Epidemic dropsy in Calcutta - Number 45
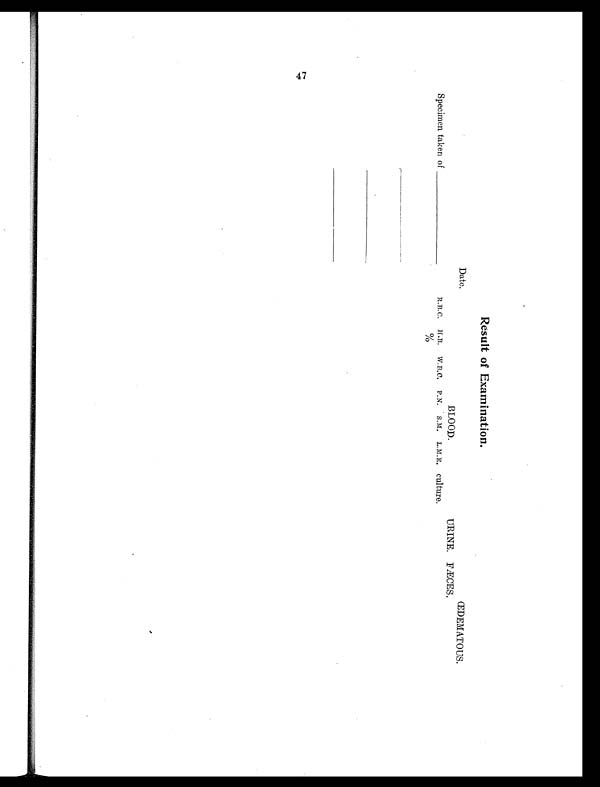
Result of Examination .
Date.
ŒDEMATOUS.
BLOOD.
URINE. FÆCES.
Specimen taken of
R.B.C. H.B.
%
W.B.C. P.N. S.M. L.M.E. Culture.
_ _ _ _ _ _ _ _ _ _ _ _ _ _
_ _ _ _ _ _ _ _ _ _ _ _ _ _
_ _ _ _ _ _ _ _ _ _ _ _ _ _
47